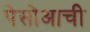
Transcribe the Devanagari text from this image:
पेसोआची